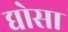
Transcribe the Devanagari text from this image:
द्योसा